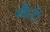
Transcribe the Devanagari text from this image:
स्कैरी